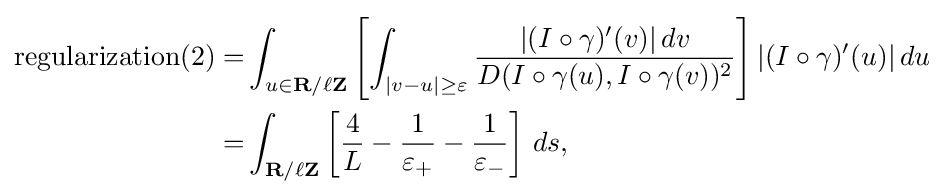
{\begin{aligned}{\rm {{regularization}(2)=}}&\int _{u\in \mathbf {R} /\ell \mathbf {Z} }\left[\int _{|v-u|\geq \varepsilon }{\frac {|(I\circ \gamma )'(v)|\,dv}{D(I\circ \gamma (u),I\circ \gamma (v))^{2}}}\right]|(I\circ \gamma )'(u)|\,du\\=&\int _{\mathbf {R} /\ell \mathbf {Z} }\left[{\frac {4}{L}}-{\frac {1}{\varepsilon _{+}}}-{\frac {1}{\varepsilon _{-}}}\right]\,ds,\end{aligned}}